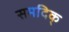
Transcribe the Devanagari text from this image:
समदिक्‌